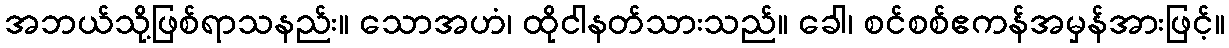
အဘယ်သို့ဖြစ်ရာသနည်း။ သောအဟံ၊ ထိုငါနတ်သားသည်။ ခေါ၊ စင်စစ်ဧကန်အမှန်အားဖြင့်။